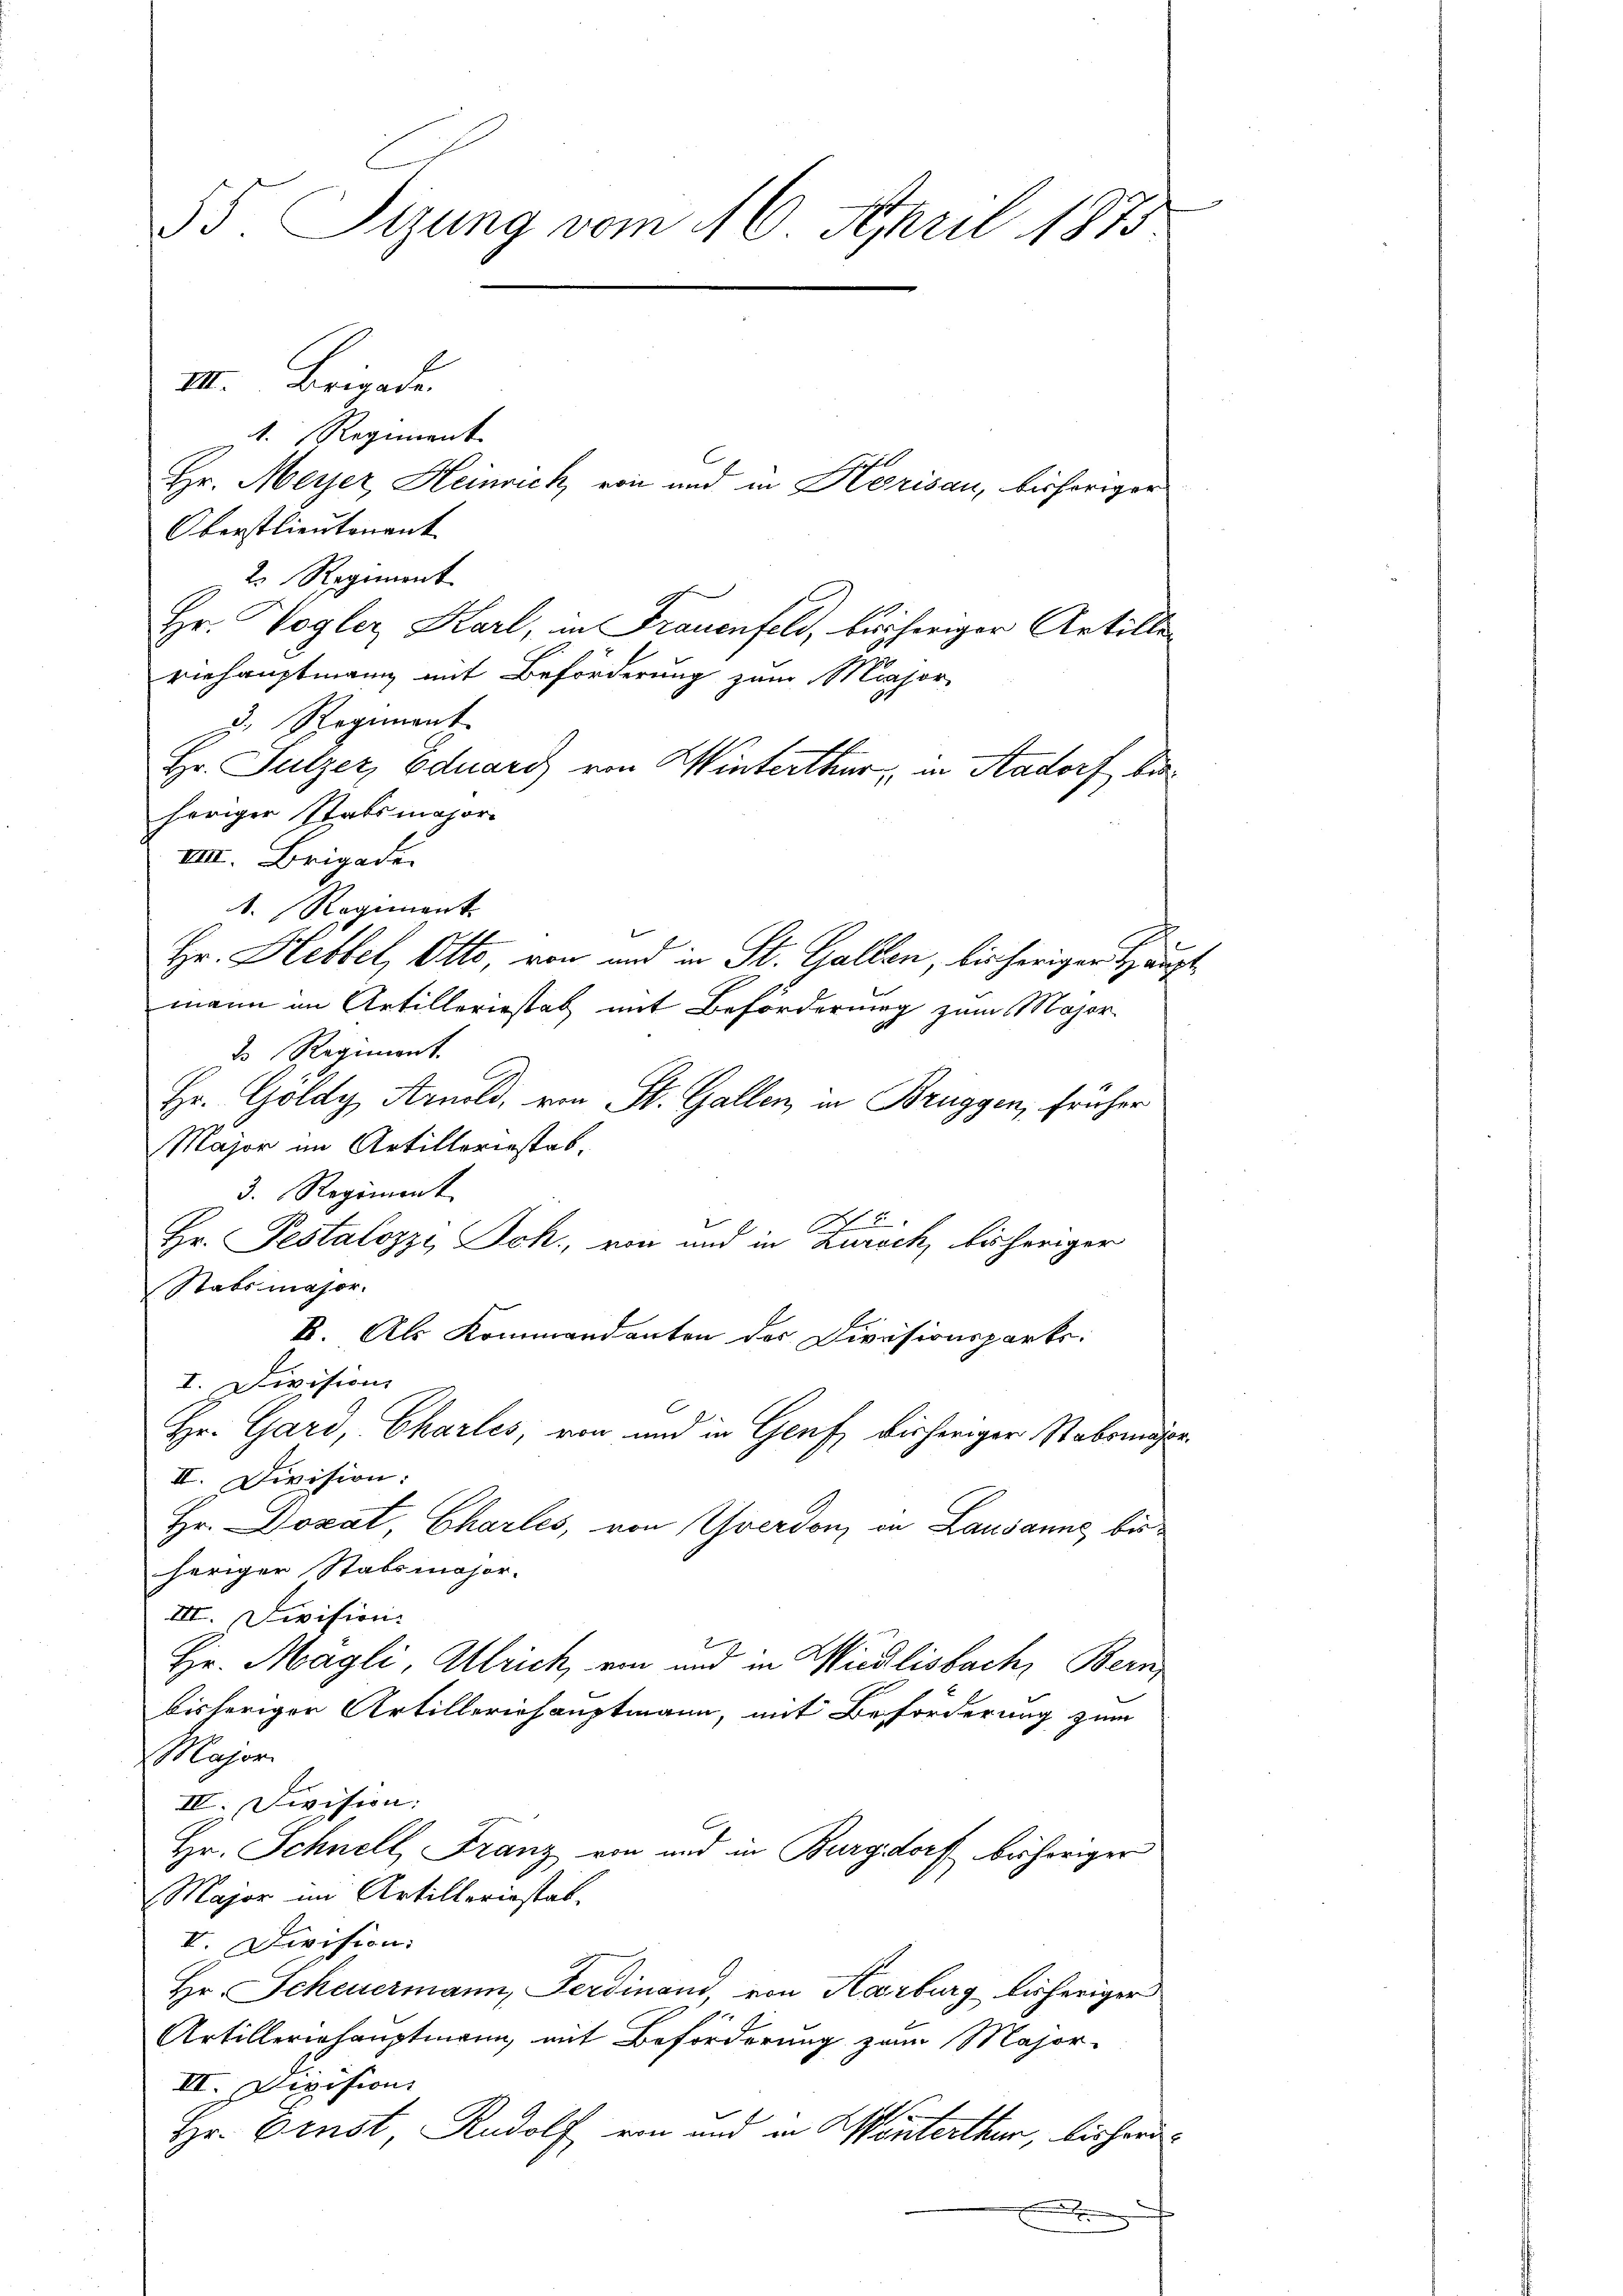
55. Sitzung vom 16. April 1875

III. Brigade

1. Regiment
C
Hr. Meyer, Heinrich, von und in Herisau, bisheriger
Oberstlieutenant
2. Regiment
Hr. Vogler Karl, in Frauenfeld, bräheriger Artille
viehauptmann mit Beförderung zum Major
3. Regiment
Hr. Sulzer, Eduard von Winterthur, in Aadorf beheriger Stabsmajor
VIII. Brigade
1. Regiment.
x
Hr. Hebbel, Otto, von um in St. Gallen, bisherigen Hauptmann im Artilleriestab mit Beförderung zum Major
d Regiment
Hr. Göldy, Arnold, von St. Gallen in Bruggen, früher
Major im Artilleriestab.
3. Regiment
Hr. Pestalozzi, Sch., von und in Zürich, bisheriger
Stabsmajor.
k. Als Kommandanten des Divisionsparts:
I. Divisions
Hr. Gard, Charles, von und in Genf, bisheriger Pabsmasse¬
II. Division:
Hr. Donat, Charles, von Yverdon in Lausanne bisheriger Stabsmajor.
III. Division
7
Hr. Magli, Allrich, ein und in Wiedlisbach, Bern
bisheriger Artilleriehauptmann, mit Beförderung zum
Major
IV. Division:
Hr. Schnell Franz von und in Burgdorf behöriger
Major im Artilleriestab.
II. Division:
Hr. Scheuermann, Ferdinand, von Karburg bisheriger
Artilleriehauptmann, mit Beförderung zum Major-
III. Devision
Hr. Ernst, Rudolf von und in Winterthur, bisherdt